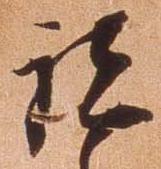
諸